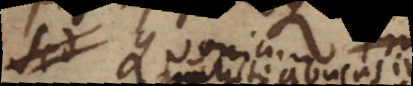
est quo